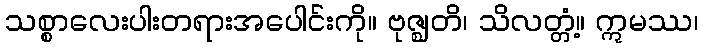
သစ္စာလေးပါးတရားအပေါင်းကို။ ဗုဇ္ဈတိ၊ သိလတ္တံ့။ ဣမဿ၊